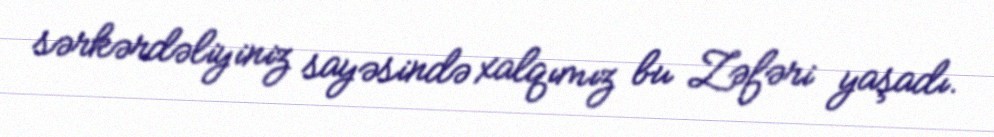
sərkərdəliyiniz sayəsində xalqımız bu Zəfəri yaşadı.